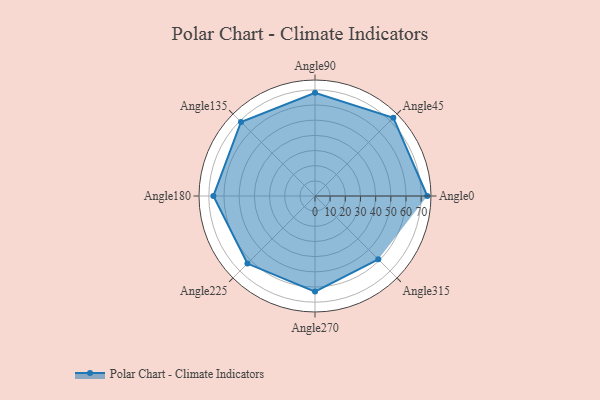
{"axis": {"x": "Angle", "y": "Radius"}, "legend": [""], "data": [{"x": "Angle0", "y": 74.0, "type": ""}, {"x": "Angle45", "y": 73.0, "type": ""}, {"x": "Angle90", "y": 68.0, "type": ""}, {"x": "Angle135", "y": 69.0, "type": ""}, {"x": "Angle180", "y": 67.0, "type": ""}, {"x": "Angle225", "y": 63.0, "type": ""}, {"x": "Angle270", "y": 63.0, "type": ""}, {"x": "Angle315", "y": 59.0, "type": ""}]}